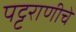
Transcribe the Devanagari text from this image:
पट्टराणीचे